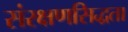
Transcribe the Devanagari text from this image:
संरक्षणसिद्धता